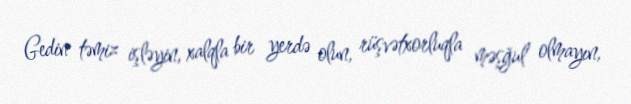
Gedin təmiz işləyin, xalqla bir yerdə olun, rüşvətxorluqla məşğul olmayın,